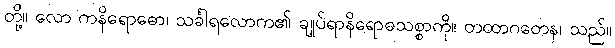
တို့။ လော ကနိရောဓော၊ သင်္ခါရလောက၏ ချုပ်ရာနိရောဓသစ္စာကို။ တထာဂတေန၊ သည်။